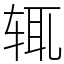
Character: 辄